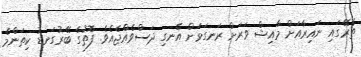
ތެރޭގައި ނައިރާއަށް މާއިޝް ވަރަށް ރަނގަޅަށް އެނގި ދަސްވެއްޖެއެވެ. ފޮތުގެ ބޭރުގަނޑު ކިތަންމެ